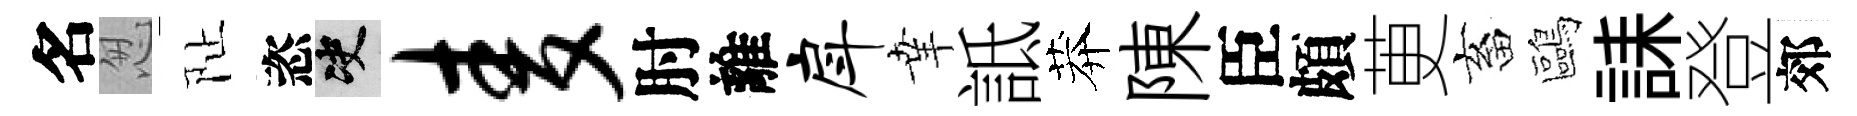
名怱阯恣决麦肘離戽𦍒詆莽陳臣頗茰畜鷗誄登郊